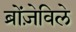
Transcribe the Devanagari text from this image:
ब्रोंज़ेविले